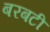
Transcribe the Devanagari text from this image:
बरबटी